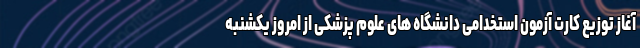
آغاز توزیع کارت آزمون استخدامی دانشگاه های علوم پزشکی از امروز یکشنبه